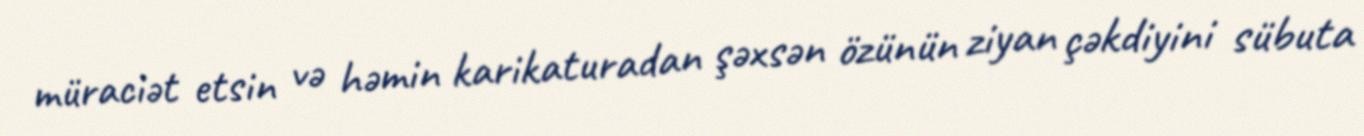
müraciət etsin və həmin karikaturadan şəxsən özünün ziyan çəkdiyini sübuta